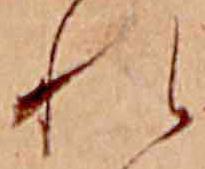
れ